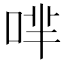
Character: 𠴟